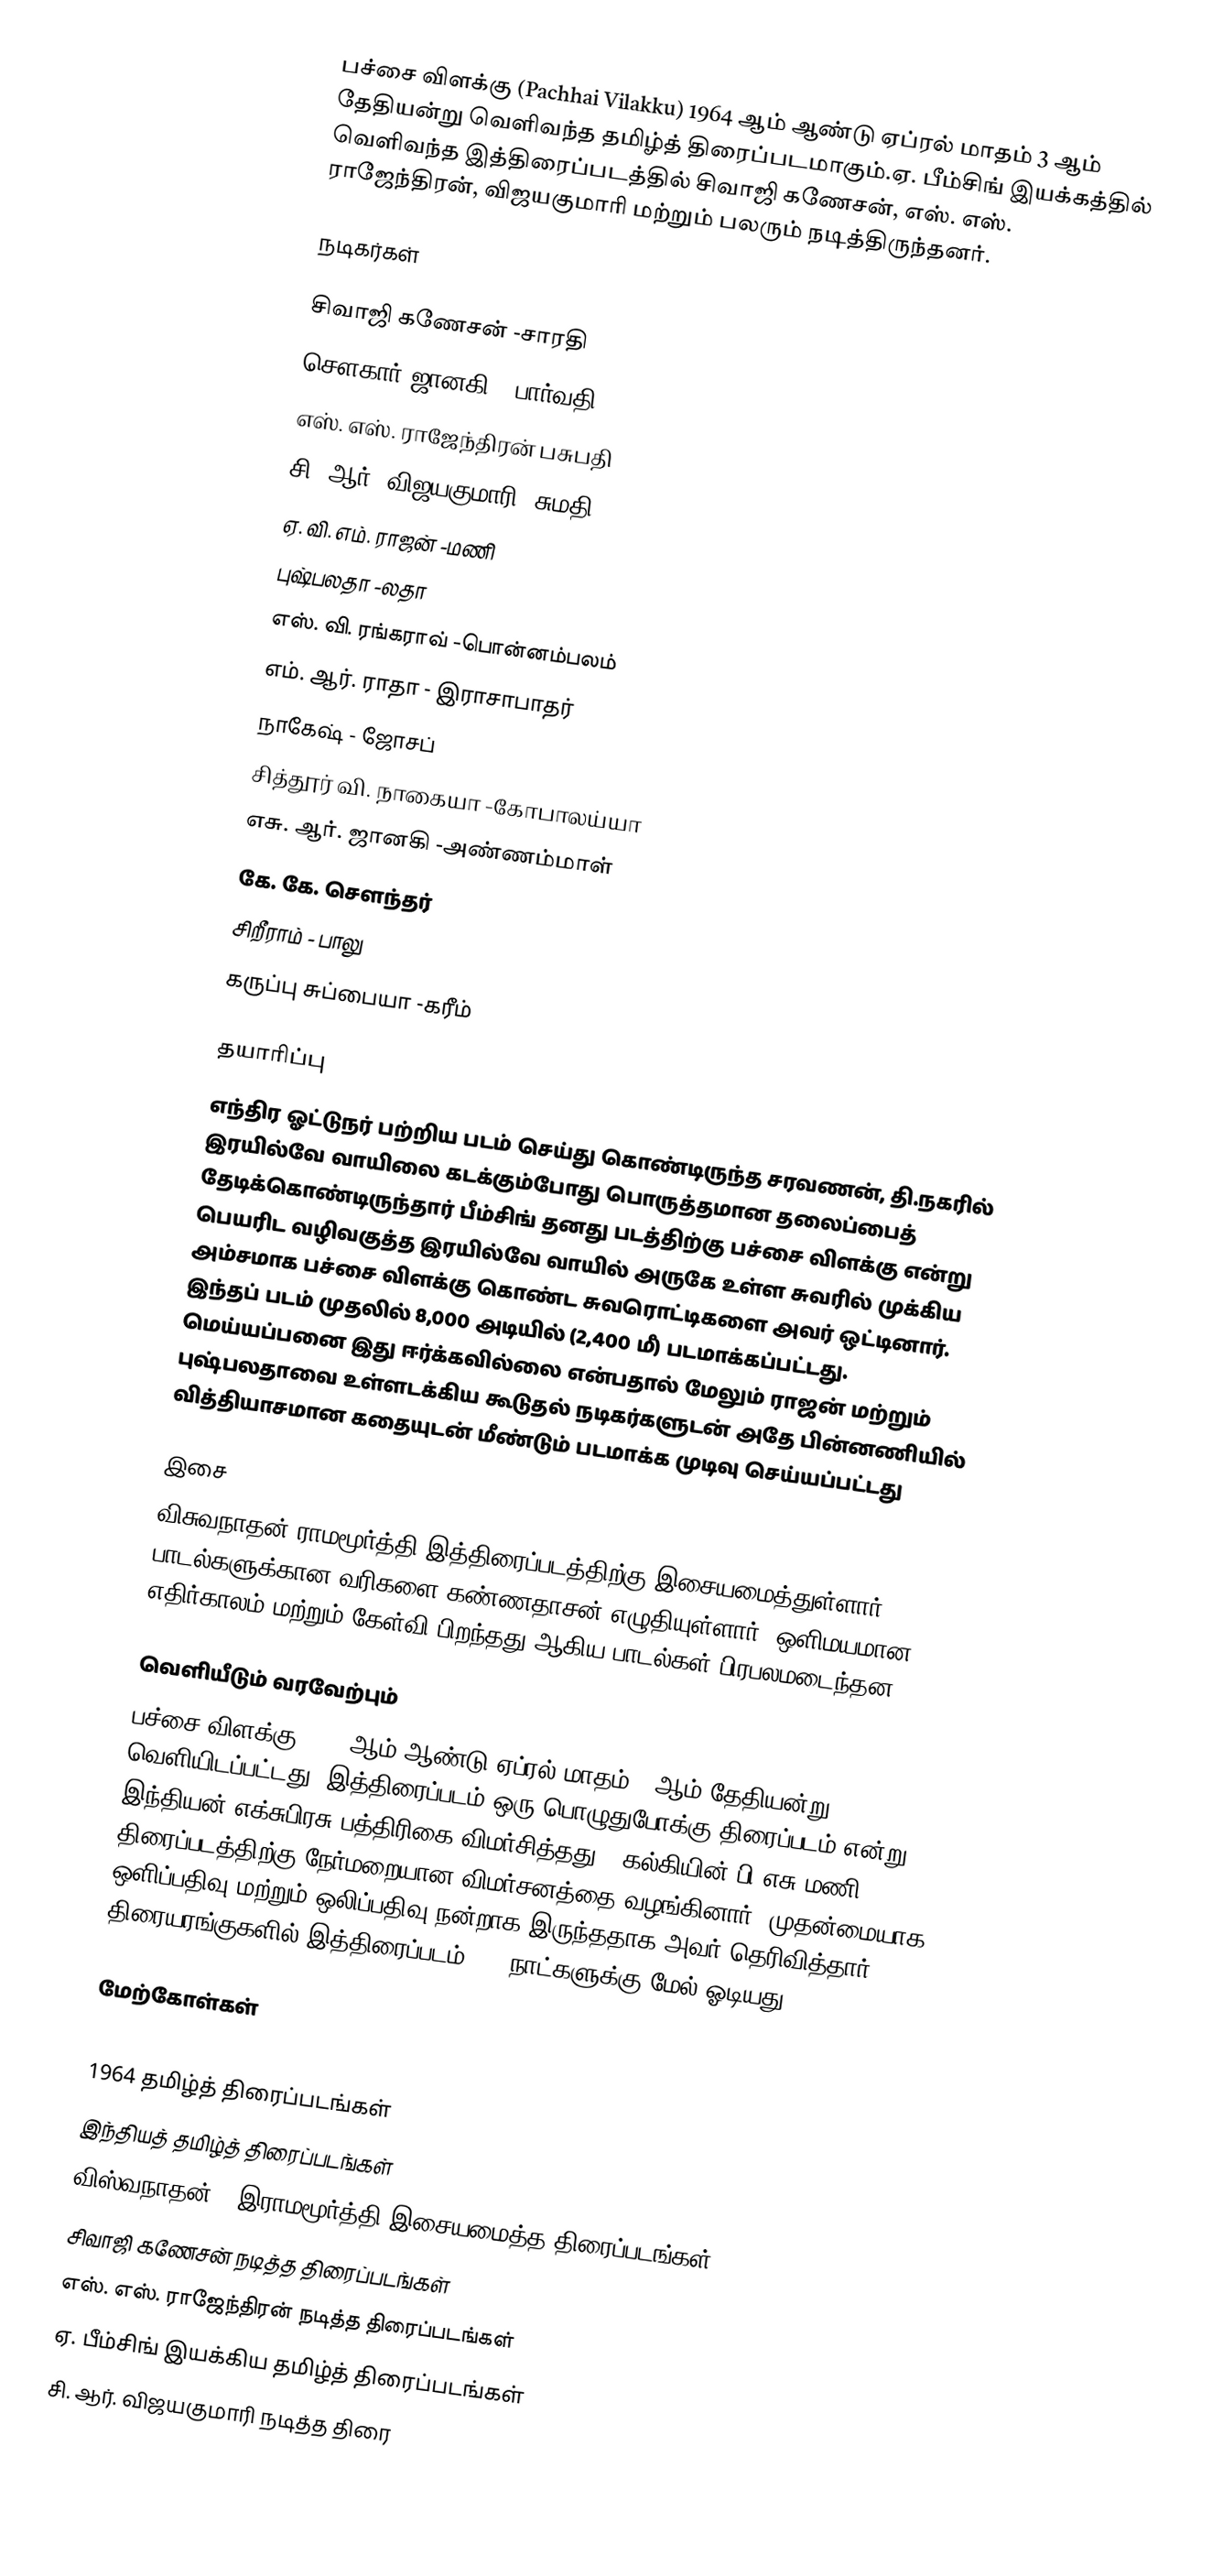
பச்சை விளக்கு (Pachhai Vilakku) 1964 ஆம் ஆண்டு ஏப்ரல் மாதம் 3 ஆம் தேதியன்று வெளிவந்த தமிழ்த் திரைப்படமாகும்.ஏ. பீம்சிங் இயக்கத்தில் வெளிவந்த இத்திரைப்படத்தில் சிவாஜி கணேசன், எஸ். எஸ். ராஜேந்திரன், விஜயகுமாரி மற்றும் பலரும் நடித்திருந்தனர்.

நடிகர்கள்

சிவாஜி கணேசன் -சாரதி
சௌகார் ஜானகி - பார்வதி
எஸ். எஸ். ராஜேந்திரன்  பசுபதி
சி. ஆர். விஜயகுமாரி -சுமதி
ஏ. வி. எம். ராஜன் -மணி
புஷ்பலதா -லதா
எஸ். வி. ரங்கராவ் -பொன்னம்பலம்
எம். ஆர். ராதா - இராசாபாதர்
நாகேஷ் - ஜோசப்
சித்தூர் வி. நாகையா -கோபாலய்யா
 எசு. ஆர். ஜானகி -அண்ணம்மாள்
கே. கே. சௌந்தர்
சிறீராம் - பாலு
கருப்பு சுப்பையா -கரீம்

தயாரிப்பு
எந்திர ஓட்டுநர் பற்றிய படம் செய்து கொண்டிருந்த சரவணன், தி.நகரில் இரயில்வே வாயிலை கடக்கும்போது பொருத்தமான தலைப்பைத் தேடிக்கொண்டிருந்தார்  பீம்சிங் தனது படத்திற்கு பச்சை விளக்கு என்று பெயரிட வழிவகுத்த இரயில்வே வாயில் அருகே உள்ள சுவரில் முக்கிய அம்சமாக பச்சை விளக்கு கொண்ட சுவரொட்டிகளை அவர் ஒட்டினார். இந்தப் படம் முதலில் 8,000 அடியில் (2,400 மீ) படமாக்கப்பட்டது.  மெய்யப்பனை இது ஈர்க்கவில்லை என்பதால் மேலும் ராஜன் மற்றும் புஷ்பலதாவை உள்ளடக்கிய கூடுதல் நடிகர்களுடன் அதே பின்னணியில் வித்தியாசமான கதையுடன் மீண்டும் படமாக்க முடிவு செய்யப்பட்டது

இசை
விசுவநாதன்-ராமமூர்த்தி இத்திரைப்படத்திற்கு இசையமைத்துள்ளார். பாடல்களுக்கான வரிகளை கண்ணதாசன் எழுதியுள்ளார். ஒளிமயமான எதிர்காலம்  மற்றும் கேள்வி பிறந்தது ஆகிய  பாடல்கள் பிரபலமடைந்தன.

வெளியீடும் வரவேற்பும்
பச்சை விளக்கு  1964 ஆம் ஆண்டு ஏப்ரல் மாதம் 3 ஆம் தேதியன்று வெளியிடப்பட்டது. இத்திரைப்படம் ஒரு பொழுதுபோக்கு திரைப்படம் என்று இந்தியன் எக்சுபிரசு பத்திரிகை விமர்சித்தது." கல்கியின் பி.எசு.மணி திரைப்படத்திற்கு நேர்மறையான விமர்சனத்தை வழங்கினார், முதன்மையாக ஒளிப்பதிவு மற்றும் ஒலிப்பதிவு நன்றாக இருந்ததாக அவர் தெரிவித்தார். திரையரங்குகளில் இத்திரைப்படம் 100 நாட்களுக்கு மேல் ஓடியது.

மேற்கோள்கள்

1964 தமிழ்த் திரைப்படங்கள்
இந்தியத் தமிழ்த் திரைப்படங்கள்
விஸ்வநாதன் - இராமமூர்த்தி இசையமைத்த திரைப்படங்கள்
சிவாஜி கணேசன் நடித்த திரைப்படங்கள்
எஸ். எஸ். ராஜேந்திரன் நடித்த திரைப்படங்கள்
ஏ. பீம்சிங் இயக்கிய தமிழ்த் திரைப்படங்கள்
சி. ஆர். விஜயகுமாரி நடித்த திரை